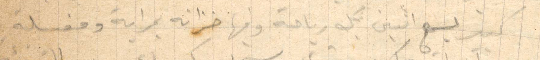
كبير يسع اثنين بكل رياحة وفيها خزانة بمراية ومغسلة